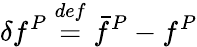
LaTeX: \delta f^{P}\overset{def}{=}\bar{f}^{P}-f^{P}